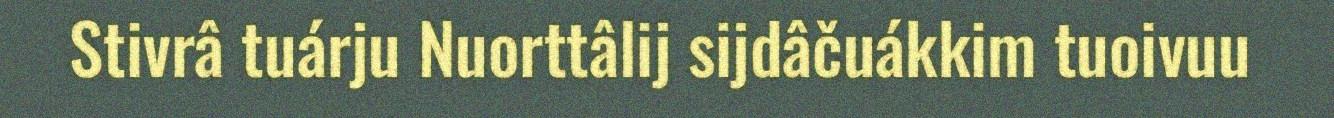
Stivrâ tuárju Nuorttâlij sijdâčuákkim tuoivuu